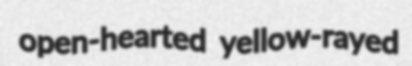
open-hearted yellow-rayed